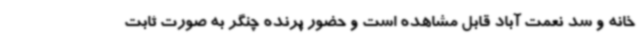
خانه و سد نعمت آباد قابل مشاهده است و حضور پرنده چنگر به صورت ثابت